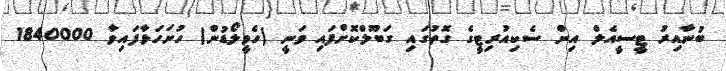
ބުނާއިރު ޓީސީއެލް އިން ސެކިއުރިޓީގެ ގޮތުގައި ގަބޫލްކޮށްފައި ވަނީ (ހެވީލޯޑުން) ހުށަހަޅާފައިވާ 1840000